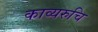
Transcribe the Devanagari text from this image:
काव्यरुचि